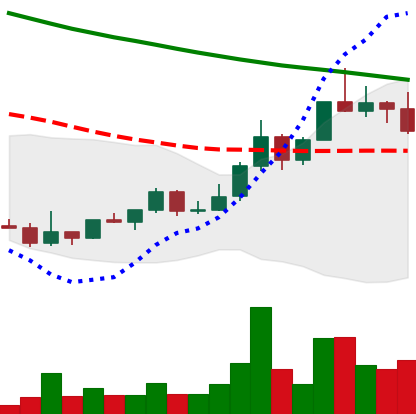
Ticker: DOGE-USD
Chart end date: 2022-03-31
Forward return: 25.453%
Label: up_7plus